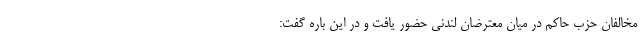
مخالفان حزب حاکم در میان معترضان لندنی حضور یافت و در این باره گفت: